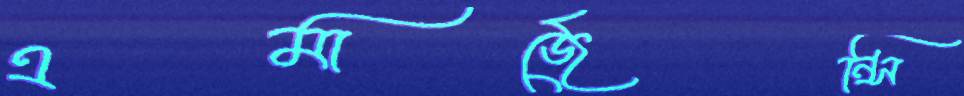
এমার্জেন্সি